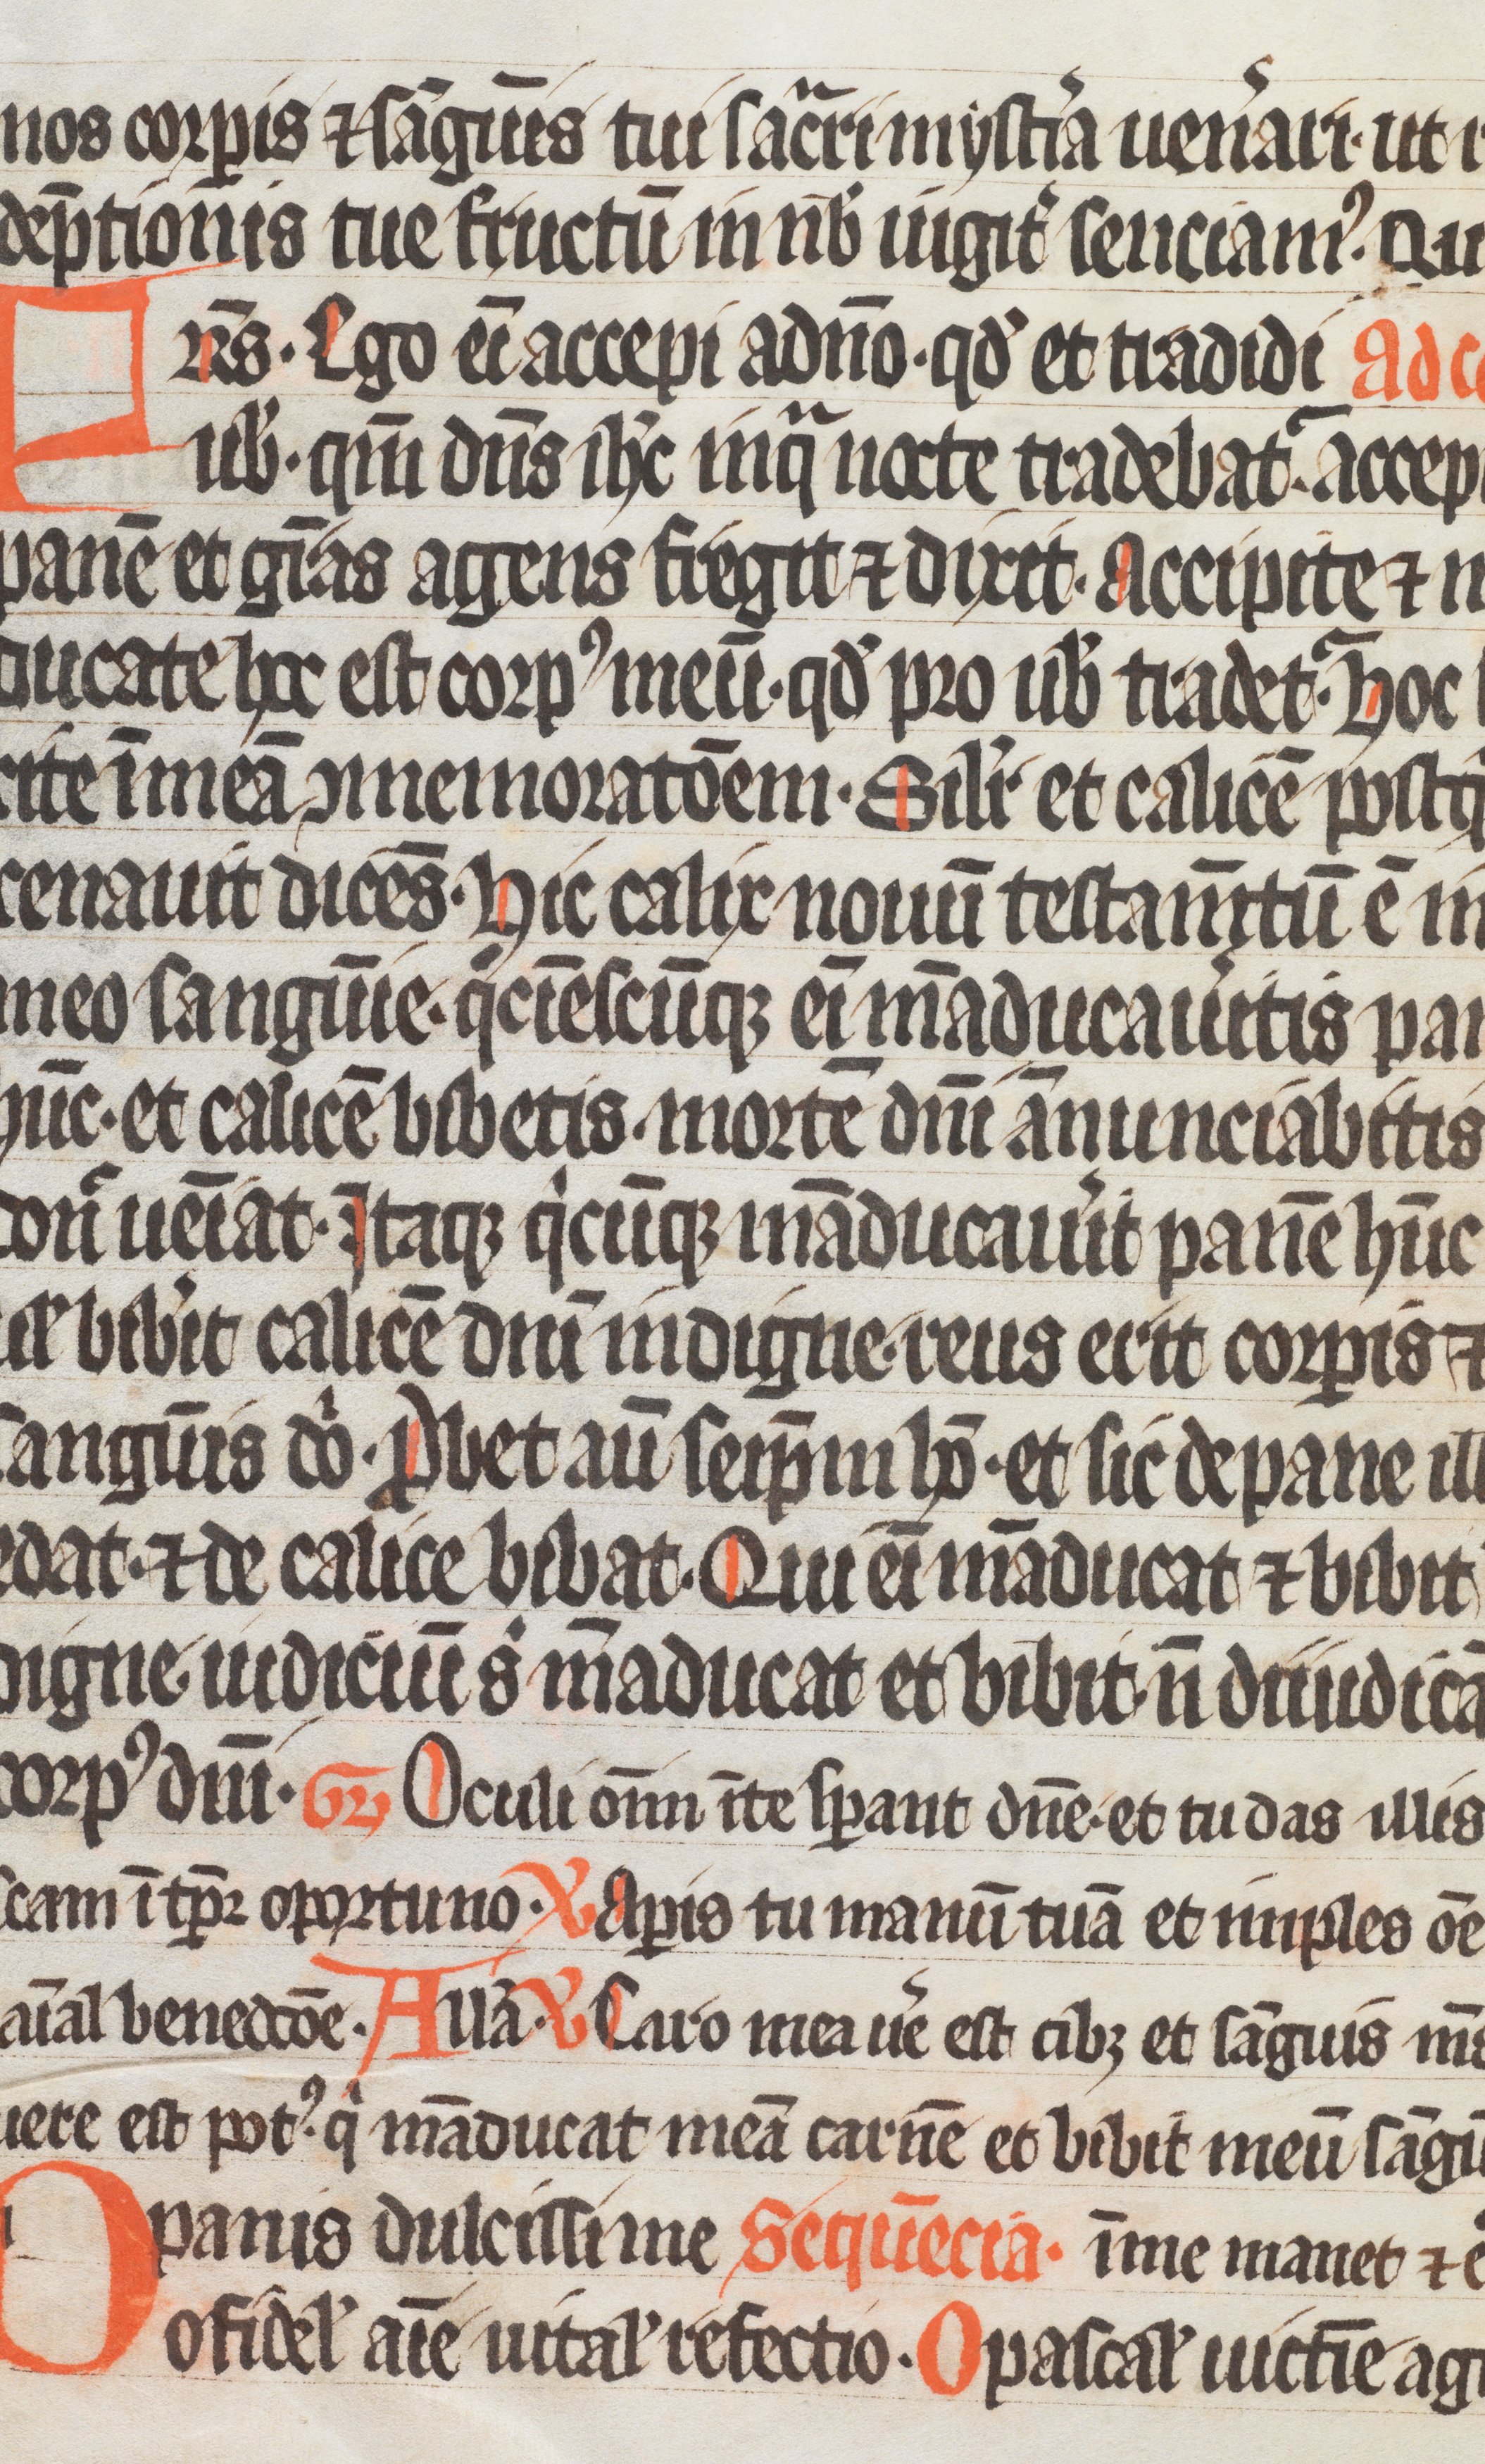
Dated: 1333–1333